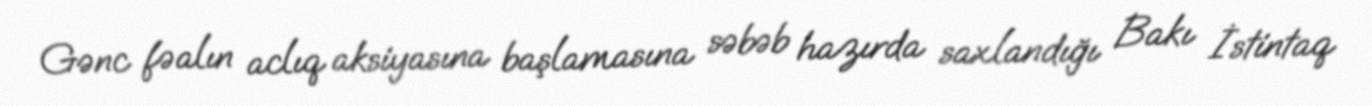
Gənc fəalın aclıq aksiyasına başlamasına səbəb hazırda saxlandığı Bakı İstintaq